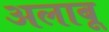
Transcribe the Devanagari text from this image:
अलाबू